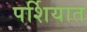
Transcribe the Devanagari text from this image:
पर्शियात